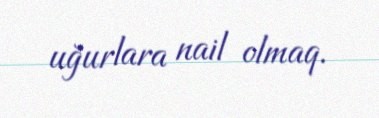
uğurlara nail olmaq.